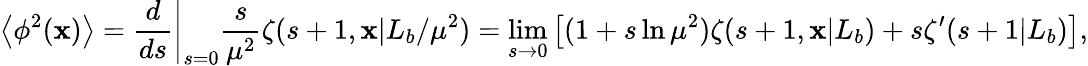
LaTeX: \left<\phi^{2}(\mathbf{x})\right>=\left.{\frac{{d}}{{ds}}}\right|_{s=0}{\frac{{s}}{{\mu^{2}}}}\zeta(s+1,\mathbf{x}|L_{b}/\mu^{2})=\operatorname*{lim}_{s\rightarrow0}\left[(1+s\ln\mu^{2})\zeta(s+1,\mathbf{x}|L_{b})+s\zeta^{\prime}(s+1|L_{b})\right],